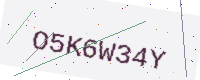
Text: O5K6W34Y